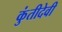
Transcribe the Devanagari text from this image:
कुंतीदेवी